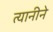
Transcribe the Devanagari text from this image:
त्यानीने